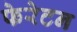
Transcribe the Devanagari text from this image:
फेरेटन